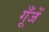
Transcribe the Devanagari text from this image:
गूँजें